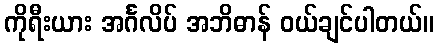
ကိုရီးယား အင်္ဂလိပ် အဘိဓာန် ဝယ်ချင်ပါတယ်။